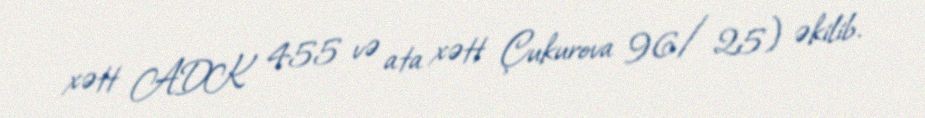
xətt ADK 455 və ata xətt Çukurova 96/25) əkilib.